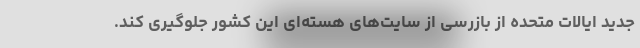
جدید ایالات متحده از بازرسی از سایت‌های هسته‌ای این کشور جلوگیری کند.